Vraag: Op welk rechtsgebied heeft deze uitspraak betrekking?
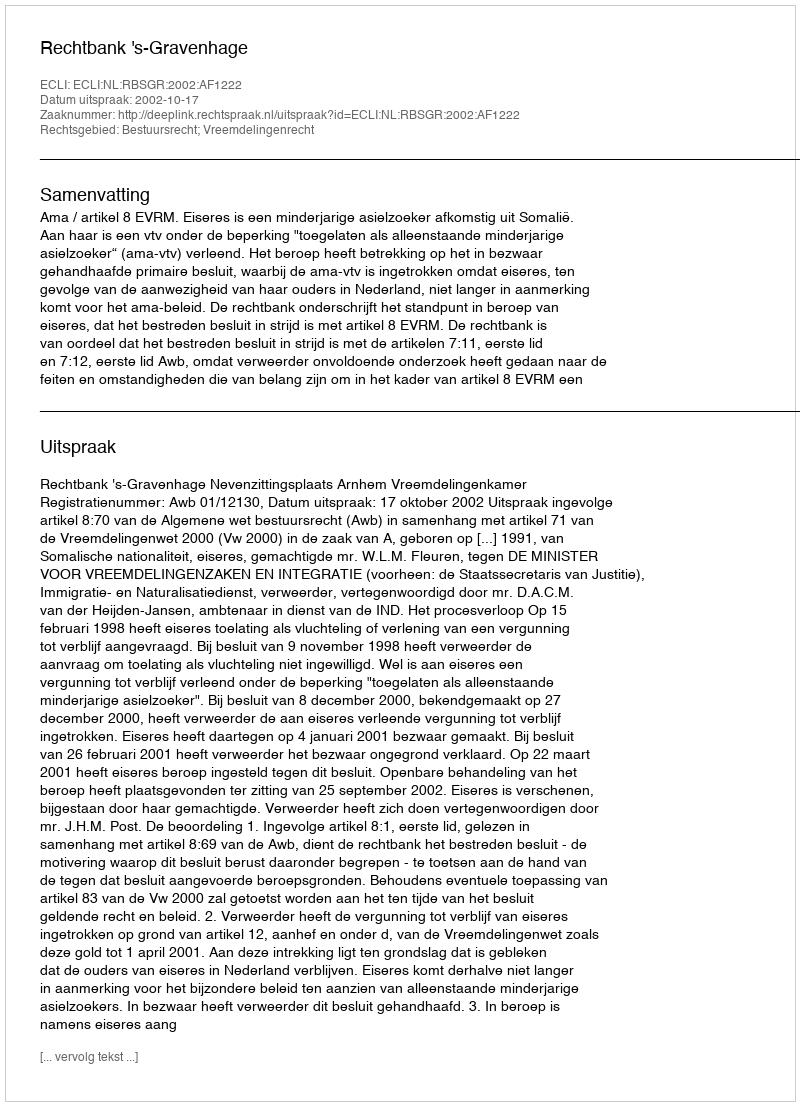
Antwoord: Bestuursrecht; Vreemdelingenrecht